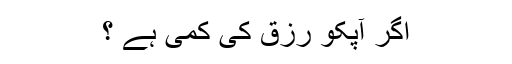
اگر آپکو رزق کی کمی ہے ؟